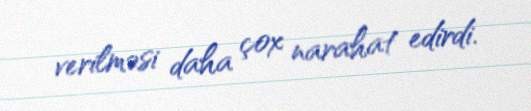
verilməsi daha çox narahat edirdi.